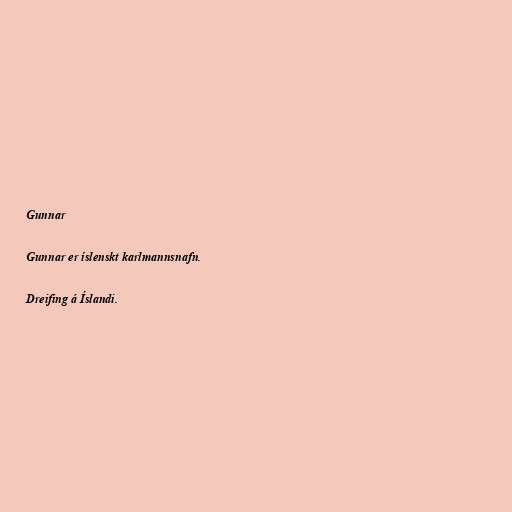
Gunnar

Gunnar er íslenskt karlmannsnafn.

Dreifing á Íslandi.